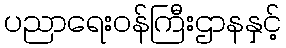
ပညာရေးဝန်ကြီးဌာနနှင့်